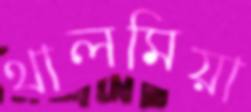
থালমিয়া